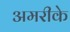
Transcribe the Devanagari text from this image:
अमरीके